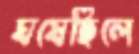
ঘষেছিলে